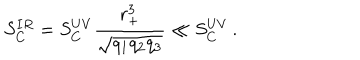
LaTeX: S _ { C } ^ { I R } = S _ { C } ^ { U V } \frac { r _ { + } ^ { 3 } } { \sqrt { q _ { 1 } q _ { 2 } q _ { 3 } } } \ll S _ { C } ^ { U V } \, .